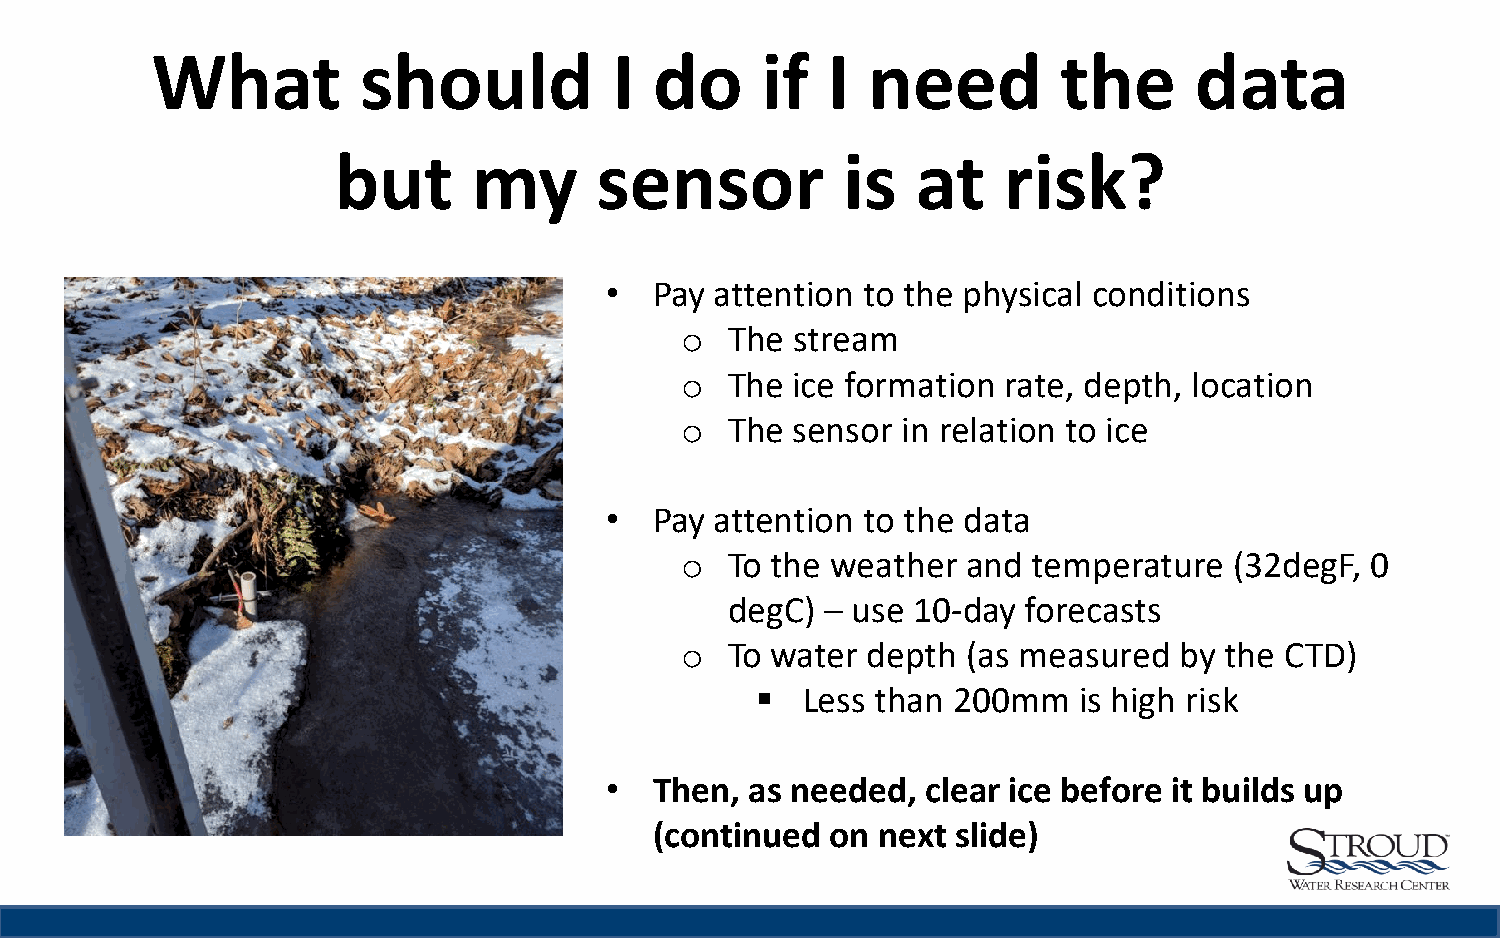
What          should           I do     if   I need         the      data
 but      my      sensor           is   at   risk?
 •  Pay attention to the physical conditions
 o  The stream
 o  The ice formation  rate, depth, location
 o  The sensor  in relation to ice
 •  Pay attention to the data
 o  To the weather  and temperature   (32degF, 0
 degC)  – use 10-day forecasts
 o  To water depth  (as measured  by the CTD)
   Less than 200mm   is high risk
 •  Then,  as needed, clear ice before it builds up
 (continued  on next slide)